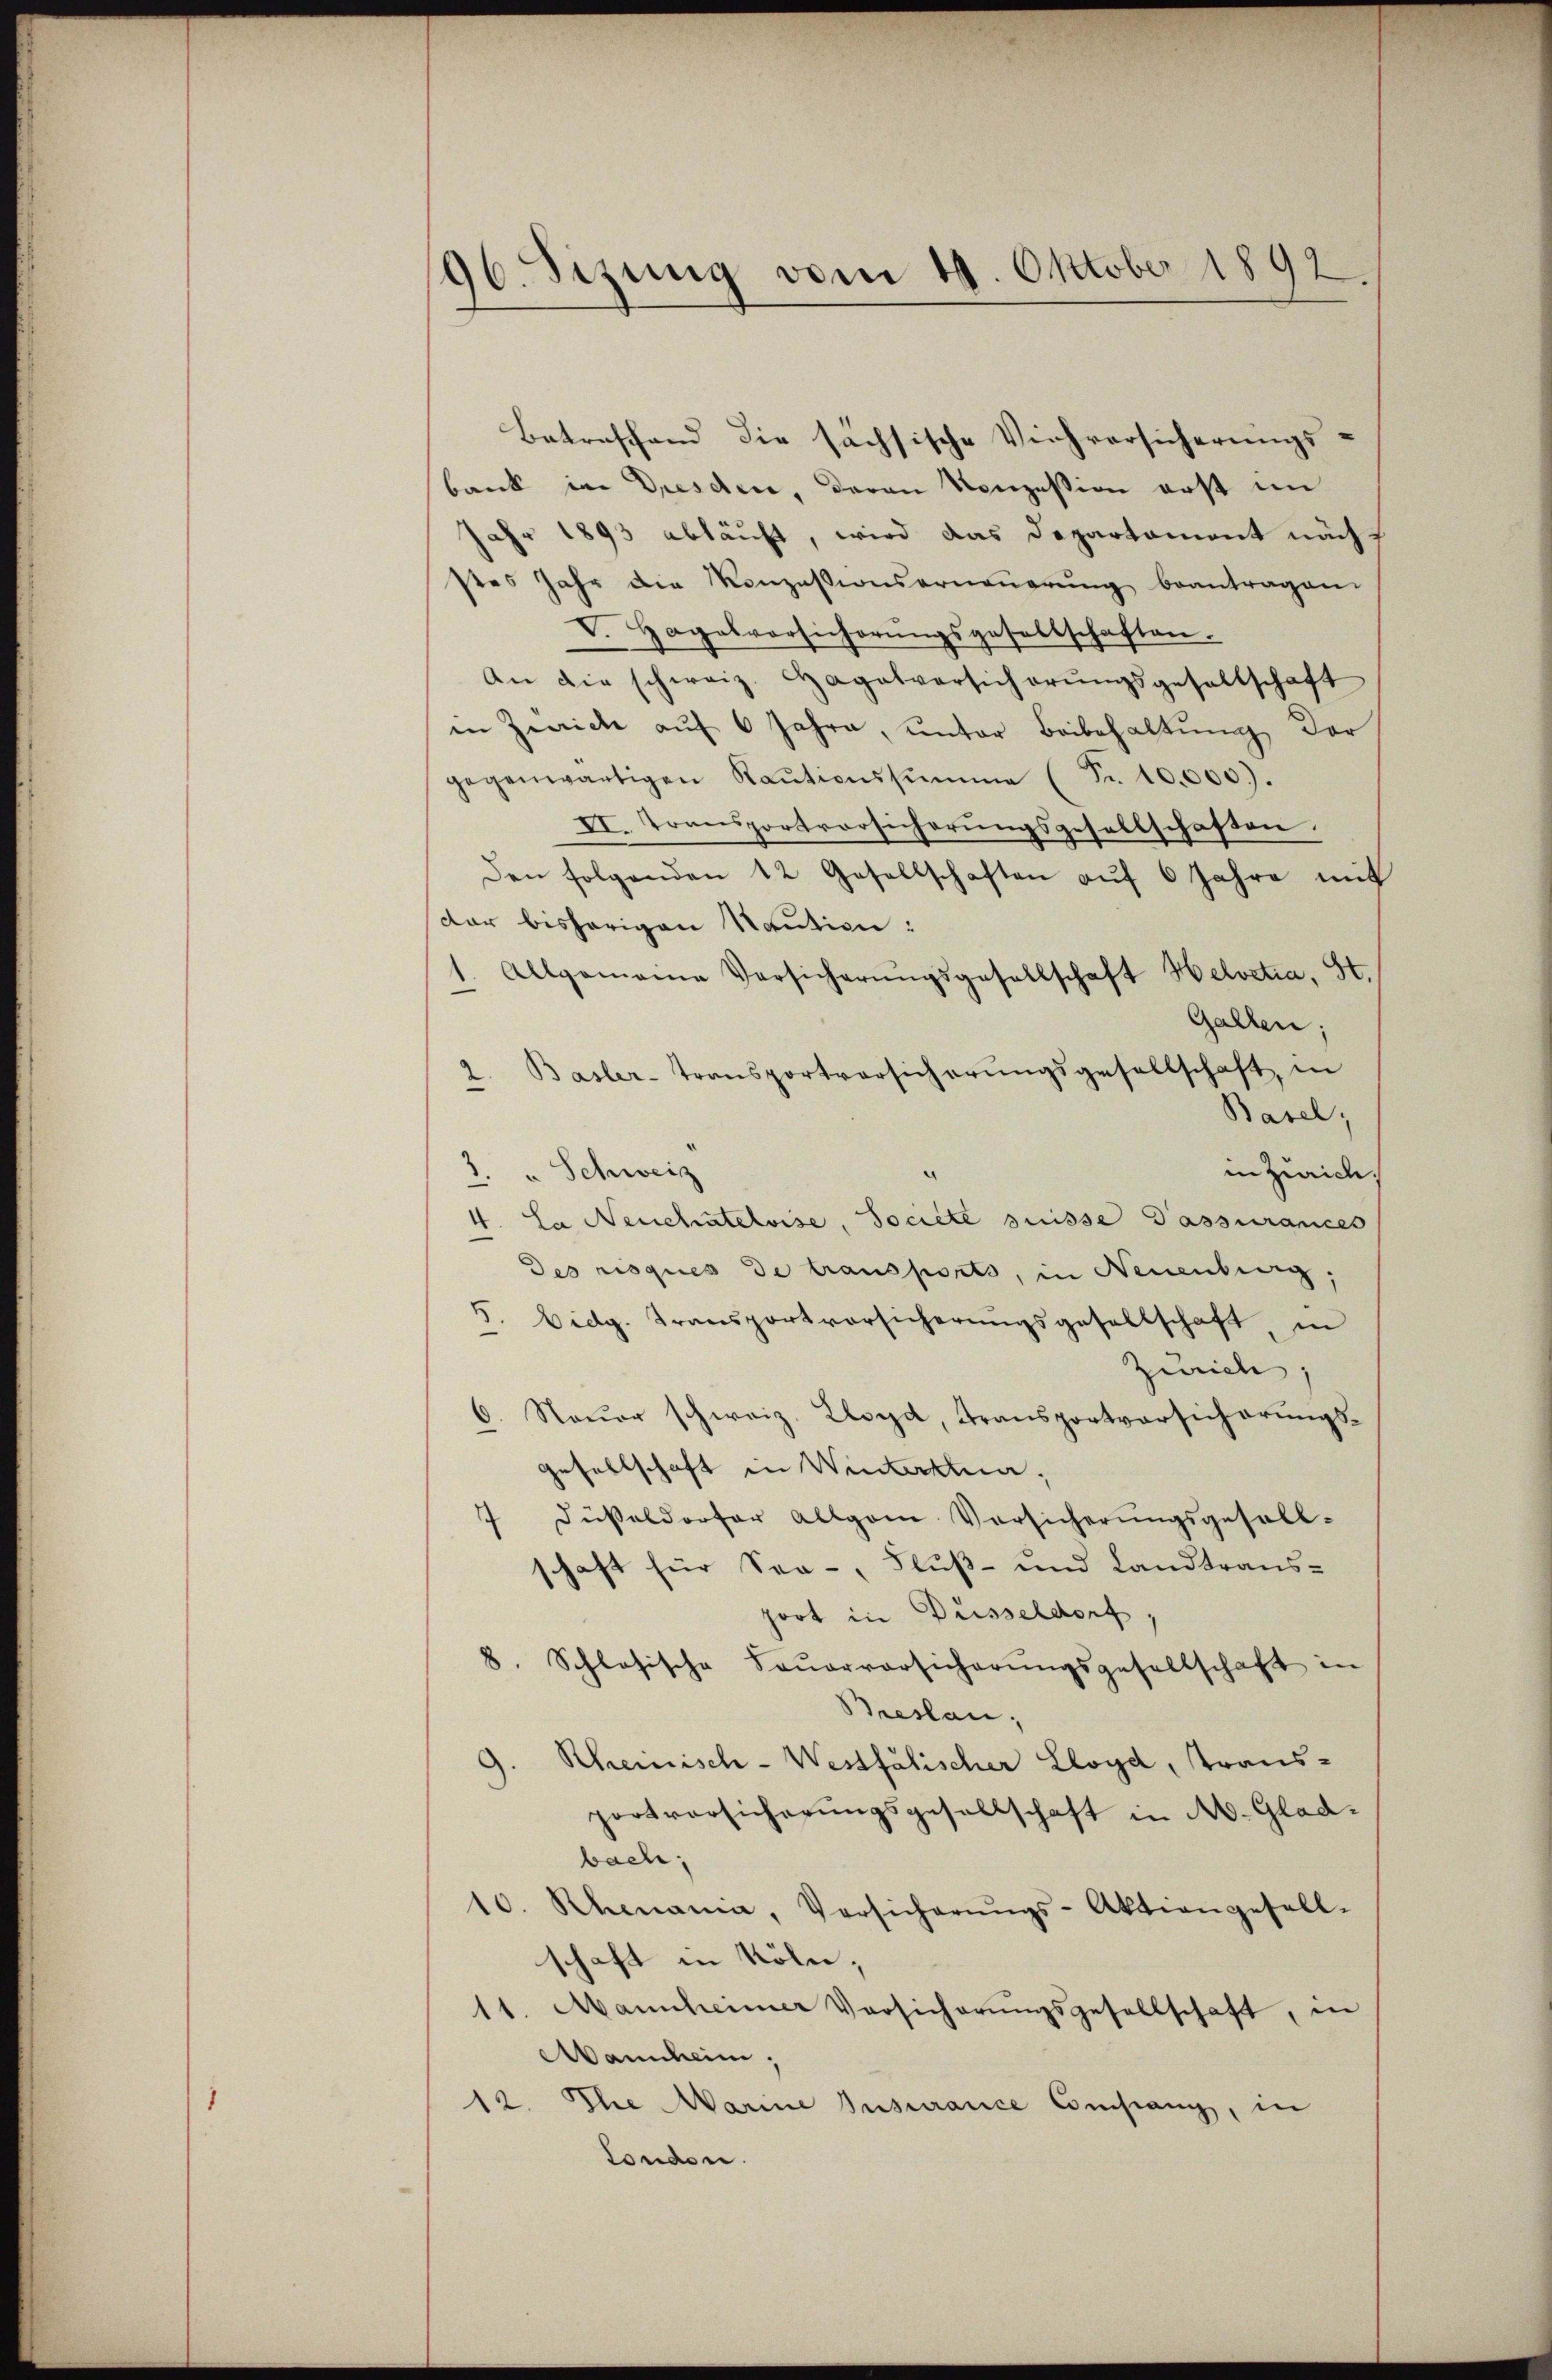
96. Sizung vom 19. Oktober 1892.

Betreffend die sächsische Viehversicherungs-
bank in Dresden, deren Konzession erst im
Jahr 1893 abläuft, wird das Departament nächs
stes Jahr die Konzessionserneŭerŭng beantragen.
V. Hagelvorsicherŭngsgesellschaften.
An die schweiz. Hagatversicherŭngsgesellschaft
in Zürich aŭf 6 Jahre, ŭnter Beibehaltŭng der
gegenwärtigen Raŭtionssumme (Nr. 10,000).
II. Transportversicherungsgesellschaften.
den folgenden 12 Gesellschaften aŭf 6 Jahre mit
dar bisherigen Saution:
1. Allgemeine Versicherŭngsgesellschaft Helvetia, St.
Gallen:
2. Basler-Transportversicherŭngsgesellschaft, in
Basel;
1. " Schweiz
inziaid.
4. La Neuchâtelvise, Societe suisse Passurances
Des risques de transports, in Neuenburg,
5. Eidg. Transportversicherŭngsgesellschaft, in
Zürich;
6. Nauer schweiz. Lloyd, Transportversicherungs¬
Gesellschaft in Winterstuer,
Düßeldorfer Allgem Versicherungsgesell-
1
schaft für See-, Fluß- und Landtrans-
port in Düsseldorf.
8. Schlosische Feŭerversicherŭngsgesellschaft in
Breslau,
Rheinisch - Westfalischer Lloyd, Transportversicherungsgesellschaft in A. Gladbach;
10. Rhenania, Versicherŭngs-Aktiengesell-
schaft in Köln,
11. Mannheimer Versicherŭngsgesellschaft, in
Mannheim,
12. Die Marine Insurance Companz, in
tonden.